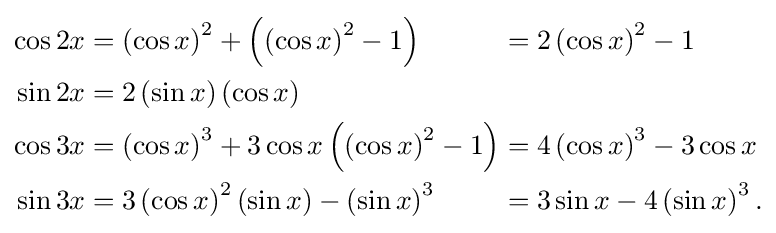
{\begin{alignedat}{2}\cos 2x&=\left(\cos x\right)^{2}+\left(\left(\cos x\right)^{2}-1\right)&{}={}&2\left(\cos x\right)^{2}-1\\\sin 2x&=2\left(\sin x\right)\left(\cos x\right)&&\\\cos 3x&=\left(\cos x\right)^{3}+3\cos x\left(\left(\cos x\right)^{2}-1\right)&{}={}&4\left(\cos x\right)^{3}-3\cos x\\\sin 3x&=3\left(\cos x\right)^{2}\left(\sin x\right)-\left(\sin x\right)^{3}&{}={}&3\sin x-4\left(\sin x\right)^{3}.\end{alignedat}}